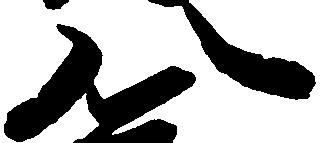
八